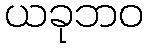
ယခုဘဝ